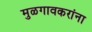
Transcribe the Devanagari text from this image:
मुळगावकरांना